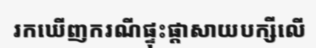
រកឃើញករណីផ្ទុះផ្តាសាយបក្សីលើ